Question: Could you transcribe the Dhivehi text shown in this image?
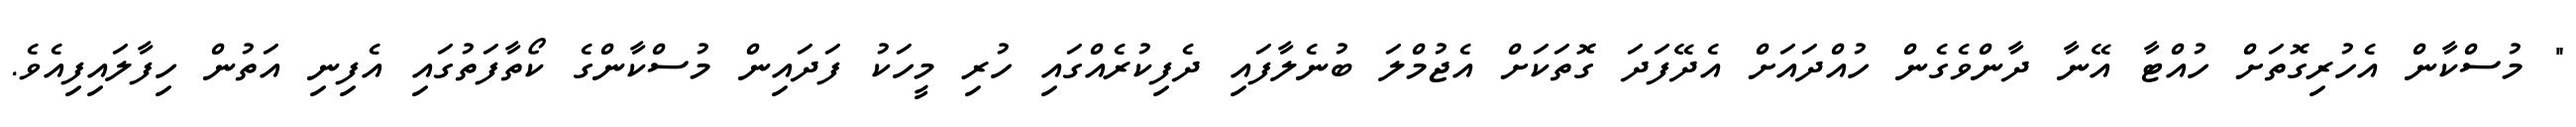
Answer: " މުސްކާން އެހުރިގޮތަށް ހުއްޓާ އޭނާ ދާންވެގެން ހުއްދައަށް އެދޭފަދަ ގޮތަކަށް އެޖުމްލަ ބުނެލާފައި ދެފިކުރެއްގައި ހުރި މީހަކު ފަދައިން މުސްކާންގެ ކޯތާފަތުގައި އެފިނި އަތުން ހިފާލައިފިއެވެ.